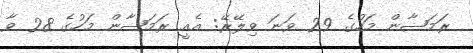
ރަމަޟާން މަހުގެ 29 ވަނަ ވިލޭރޭ: އެއީ ރަމަޟާން މަހުގެ 28 ވާ